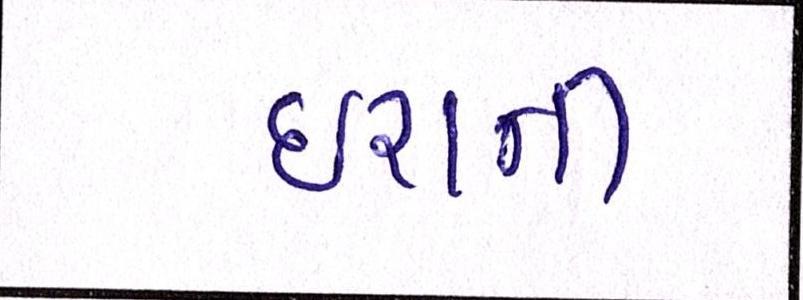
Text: ઇરાની